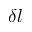
\delta l